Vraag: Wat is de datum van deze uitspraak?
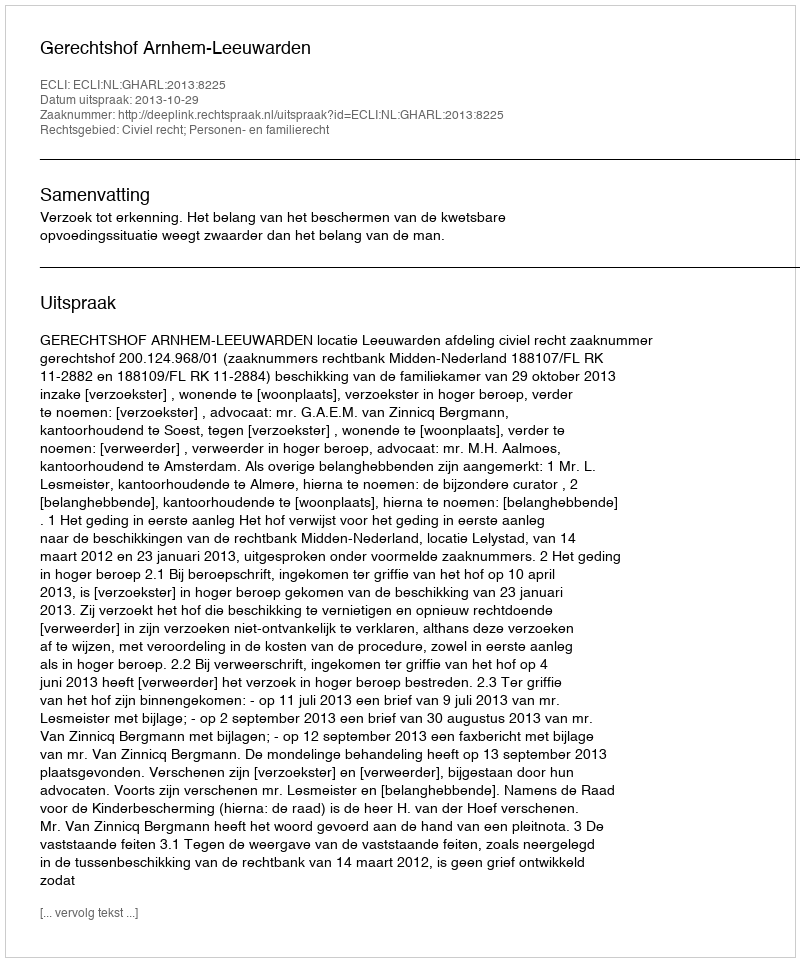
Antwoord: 2013-10-29